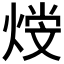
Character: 𤋩